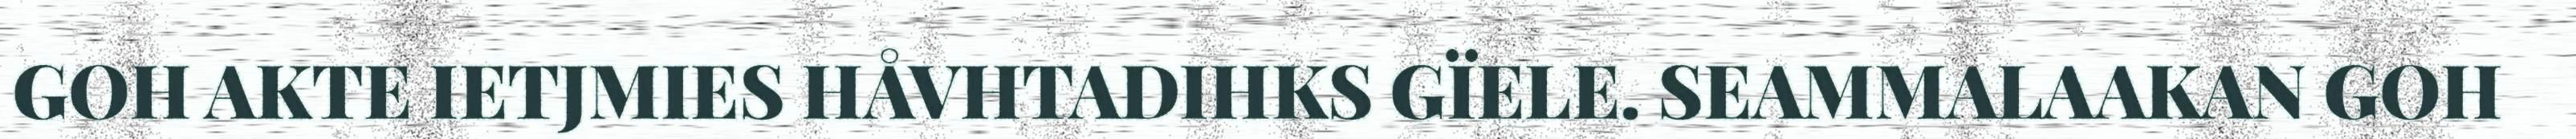
GOH AKTE IETJMIES HÅVHTADIHKS GÏELE. SEAMMALAAKAN GOH